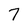
Character: 7